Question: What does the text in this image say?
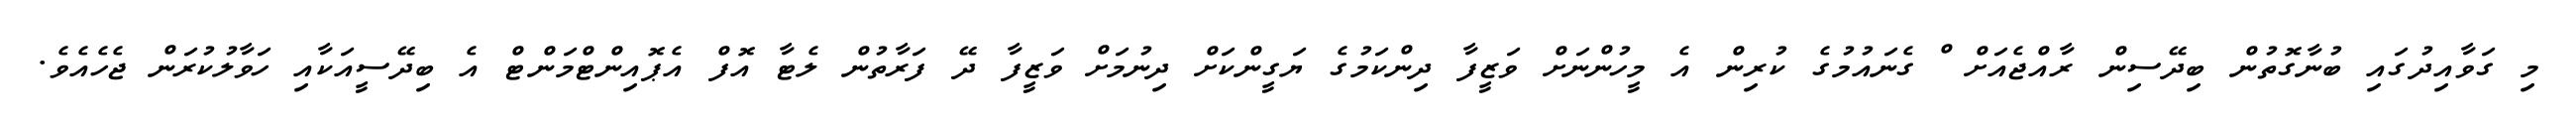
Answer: މި ގަވާއިދުގައި ބުނާގޮތުން ބިދޭސިން ރާއްޖެއަށް ް ގެނައުމުގެ ކުރިން އެ މީހުންނަށް ވަޒީފާ ދިންކަމުގެ ޔަގީންކަށް ދިނުމަށް ވަޒީފާ ދޭ ފަރާތުން ލެޓާ އޮފް އެޕޮއިންޓްމަންޓް އެ ބިދޭސީއަކާއި ހަވާލުކުރަން ޖެހެއެވެ.